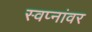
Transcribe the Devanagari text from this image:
स्वप्नांवर